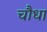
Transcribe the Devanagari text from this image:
चौधा